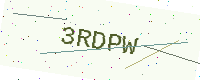
Text: 3RDPW